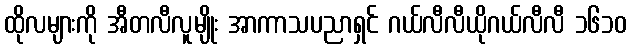
ထိုလများကို အီတလီလူမျိုး အာကာသပညာရှင် ဂယ်လီလီယိုဂယ်လီလီ ၁၆၁၀